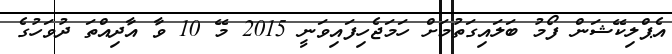
އެޕްލިކޭޝަން ފޯމު ބަލައިގަތުމަށް ހަމަޖެހިފައިވަނީ 2015 މޭ 10 ވާ އާދިއްތަ ދުވަހުގެ